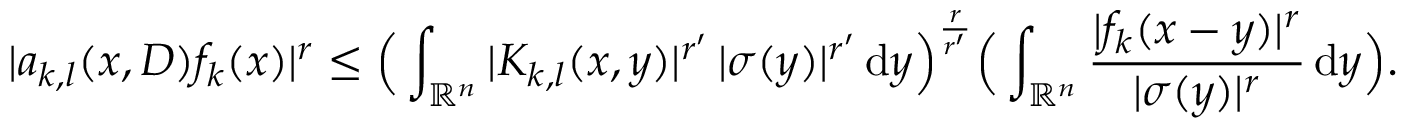
| a _ { k , l } ( x , D ) f _ { k } ( x ) | ^ { r } \leq \Big ( \int _ { \mathbb { R } ^ { n } } | K _ { k , l } ( x , y ) | ^ { r ^ { \prime } } \, | \sigma ( y ) | ^ { r ^ { \prime } } \, \mathrm { d } y \Big ) ^ { \frac { r } { r ^ { \prime } } } \Big ( \int _ { \mathbb { R } ^ { n } } \frac { | f _ { k } ( x - y ) | ^ { r } } { | \sigma ( y ) | ^ { r } } \, \mathrm { d } y \Big ) .